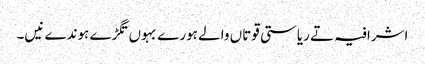
اشرافیہ تے ریاستی قوتاں والے ہورے بہوں تگڑے ہوندے نیں۔